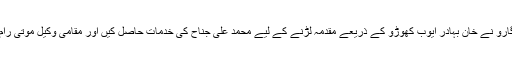
پیر صبغت اللہ شاہ راشدی تب کے پیر پاگارو نے خان بہادر ایوب کھوڑو کے ذریعے مقدمہ لڑنے کے لیے محمد علی جناح کی خدمات حاصل کیں اور مقامی وکیل موتی رام آڈوانی نے جناح صاحب کی معاونت کی۔